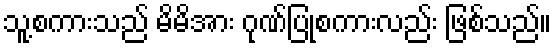
သူ့စကားသည် မိမိအား ဂုဏ်ပြုစကားလည်း ဖြစ်သည်။